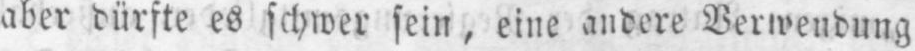
aber dürfte es schwer sein, eine andere Verwendung